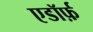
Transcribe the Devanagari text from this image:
एडॉर्फ़